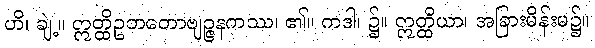
ဟိ၊ ချဲ့။ ဣတ္ထိဥဘတောဗျဉ္ဇနကဿ၊ ၏။ ကဒါ၊ ၌။ ဣတ္ထိယာ၊ အခြားမိန်းမ၌။